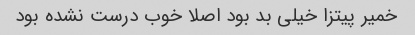
خمیر پیتزا خیلی بد بود اصلا خوب درست نشده بود